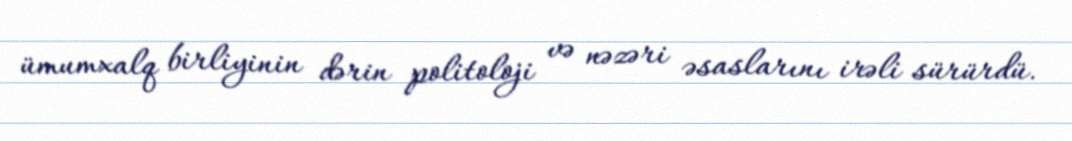
ümumxalq birliyinin dərin politoloji və nəzəri əsaslarını irəli sürürdü.